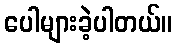
ပေါများခဲ့ပါတယ်။